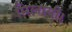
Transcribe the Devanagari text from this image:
मिलायी।